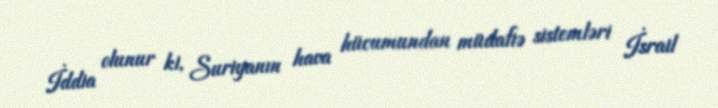
İddia olunur ki, Suriyanın hava hücumundan müdafiə sistemləri İsrail